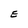
Character: E